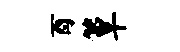
酉簟